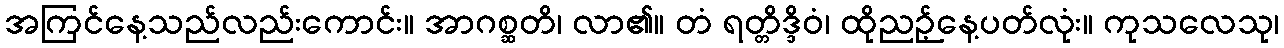
အကြင်နေ့သည်လည်းကောင်း။ အာဂစ္ဆတိ၊ လာ၏။ တံ ရတ္တိဒ္ဒိဝံ၊ ထိုညဉ့်နေ့ပတ်လုံး။ ကုသလေသု၊